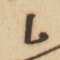
ما